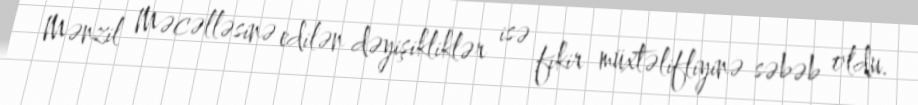
Mənzil Məcəlləsinə edilən dəyişikliklər isə fikir müxtəlifliyinə səbəb oldu.